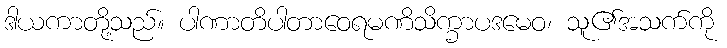
ဒါယကာတို့သည်။ ပါဏာတိပါတာဝေရမဏိသိက္ခာပဒမေဝ၊ သူ၏အသက်ကို